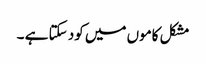
مشکل کاموں میں کود سکتا ہے ۔